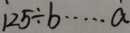
1 2 5 \div b \cdots a